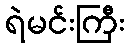
ရဲမင်းကြီး